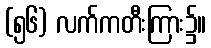
(၅၆) လက်ကတီးကြား၌။